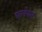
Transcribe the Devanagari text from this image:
प्रलंबन